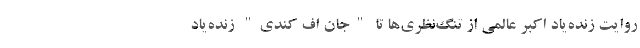
روایت زنده‌یاد اکبر عالمی از تنگ‌نظری‌ها تا "جان اف کندی" زنده‌یاد